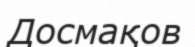
Досмақов